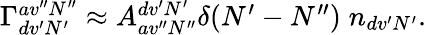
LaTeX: \begin{array}{r}{\Gamma_{dv^{\prime}N^{\prime}}^{av^{\prime\prime}N^{\prime\prime}}\approx A_{av^{\prime\prime}N^{\prime\prime}}^{dv^{\prime}N^{\prime}}\delta(N^{\prime}-N^{\prime\prime})\; n_{dv^{\prime}N^{\prime}}.}\end{array}